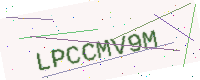
Text: LPCCMV9M